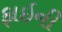
ફાઇની